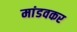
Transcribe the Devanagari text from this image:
मांडवकर